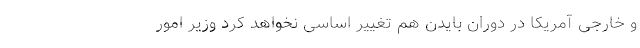
و خارجی آمریکا در دوران بایدن هم تغییر اساسی نخواهد کرد وزیر امور